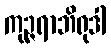
ကုဉ္ဇရာဘိရုဒါ